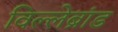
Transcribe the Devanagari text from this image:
विल्लेब्रांड